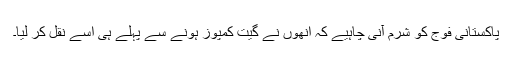
پاکستانی فوج کو شرم آنی چاہیے کہ انھوں نے گیت کمپوز ہونے سے پہلے ہی اسے نقل کر لیا۔